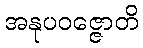
အနုပဝဇ္ဇောတိ